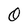
Character: O